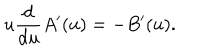
u \frac { \mathrm { d } } { \mathrm { d } u } A ^ { \prime } ( u ) = - B ^ { \prime } ( u ) .